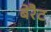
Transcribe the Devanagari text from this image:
बेरैट